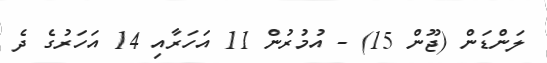
ލަންޑަން (ޖޫން 15) - އުމުރުން 11 އަހަރާއި 14 އަހަރުގެ ދެ